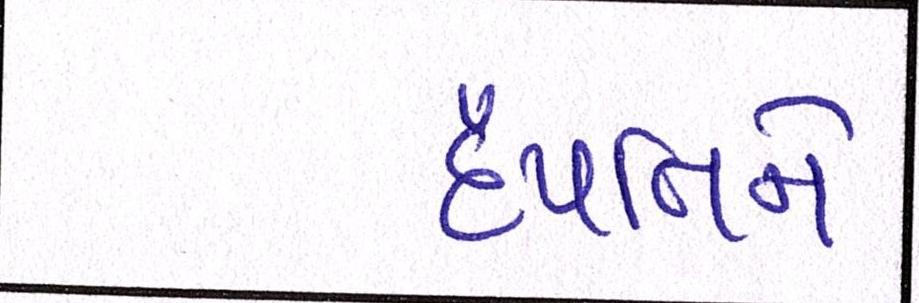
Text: દંપત્તિને